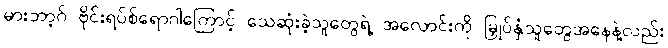
မားဘာ့ဂ် ဗိုင်းရပ်စ်ရောဂါကြောင့် သေဆုံးခဲ့သူတွေရဲ့ အလောင်းကို မြှုပ်နှံသူတွေအနေနဲ့လည်း